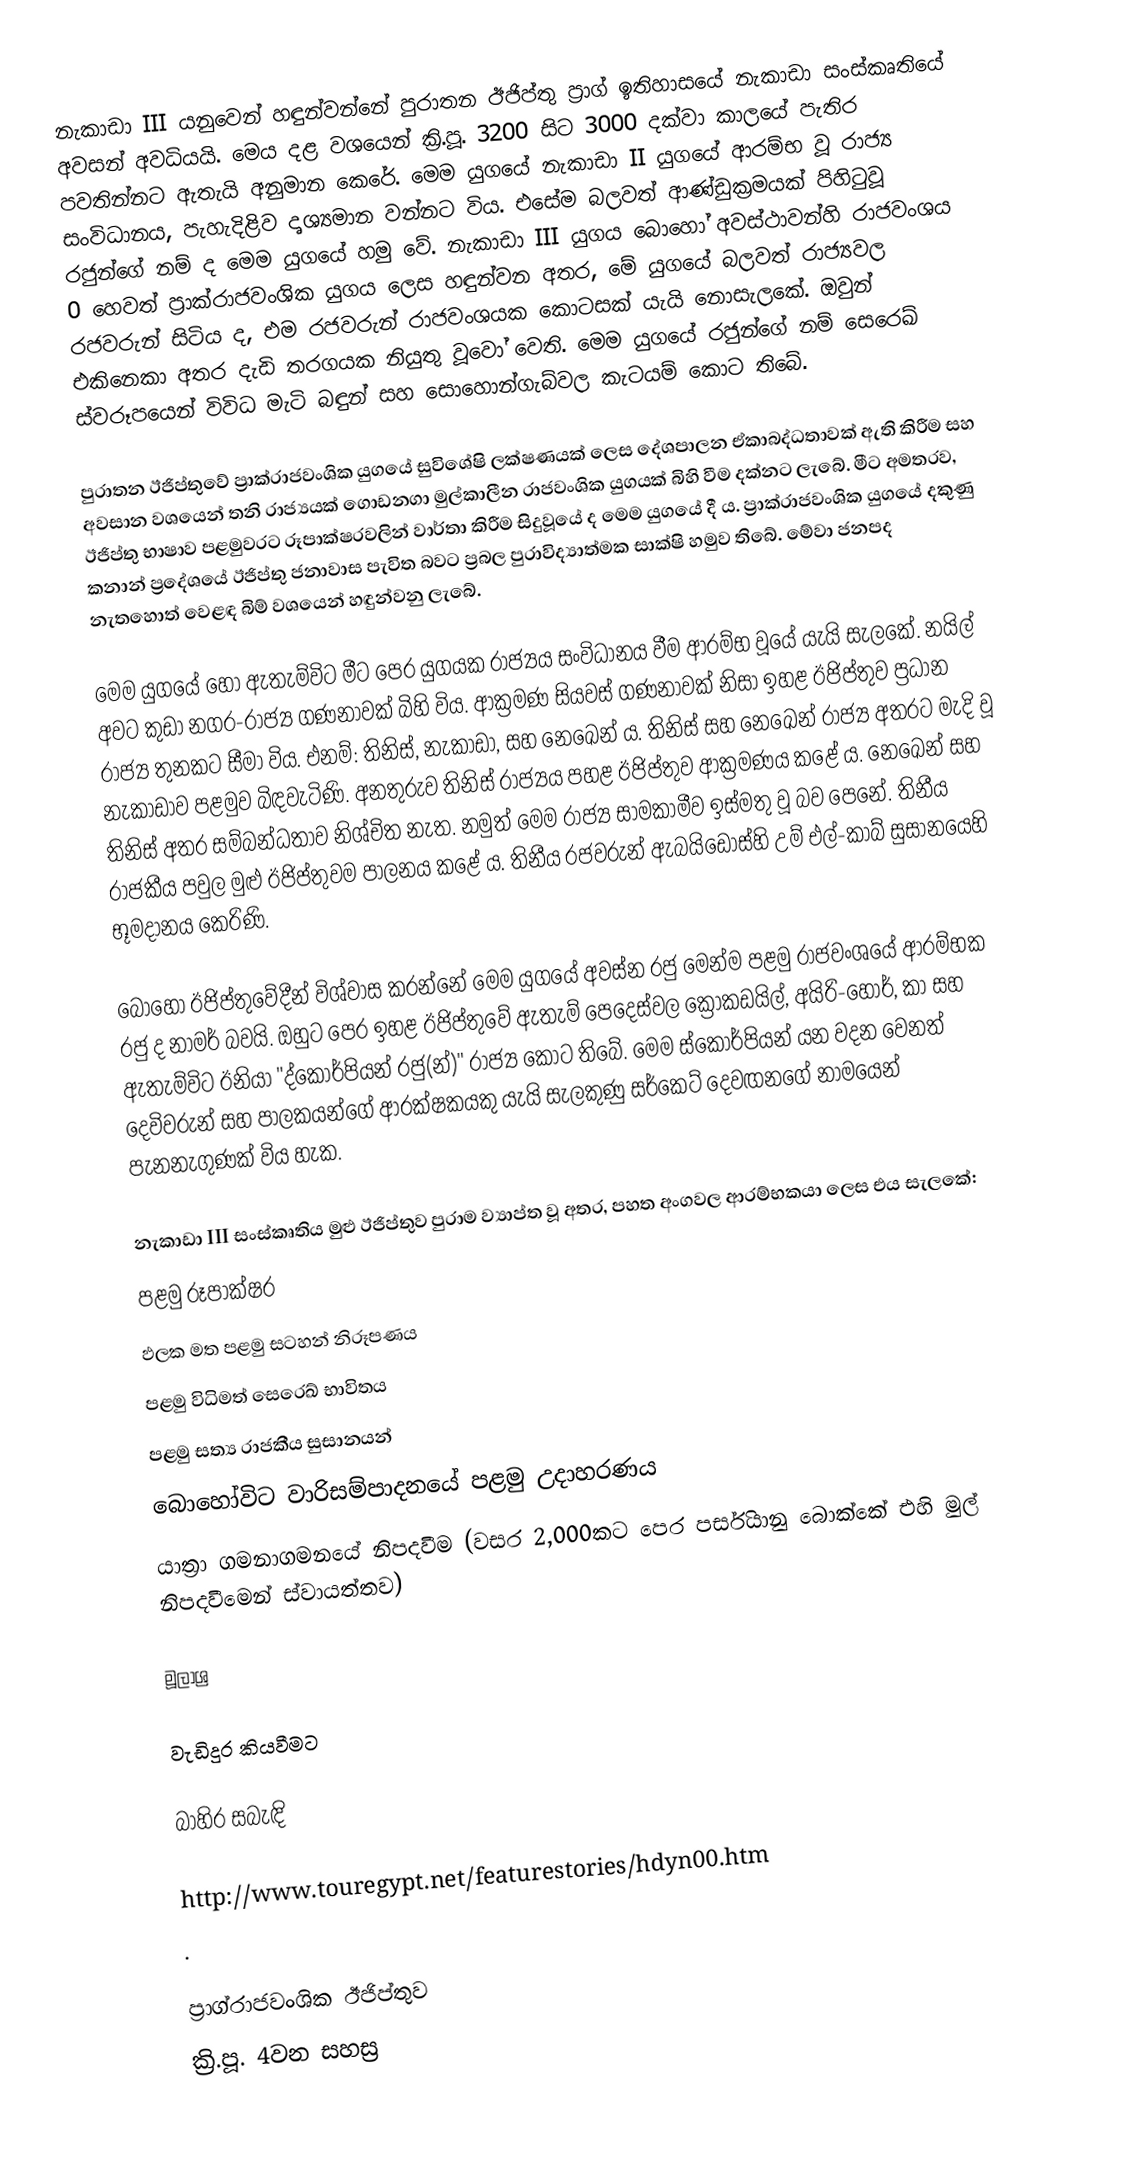
නැකාඩා III යනුවෙන් හඳුන්වන්නේ පුරාතන ඊජිප්තු ප්‍රාග් ඉතිහාසයේ නැකාඩා සංස්කෘතියේ අවසන් අවධියයි. මෙය දළ වශයෙන් ක්‍රි.පූ. 3200 සිට 3000 දක්වා කාලයේ පැතිර පවතින්නට ඇතැයි අනුමාන කෙරේ. මෙම යුගයේ නැකාඩා II යුගයේ ආරම්භ වූ රාජ්‍ය සංවිධානය, පැහැදිළිව දෘශ්‍යමාන වන්නට විය. එසේම බලවත් ආණ්ඩුක්‍රමයක් පිහිටුවූ රජුන්ගේ නම් ද මෙම යුගයේ හමු වේ. නැකාඩා III යුගය බොහෝ අවස්ථාවන්හි රාජවංශය 0 හෙවත් ප්‍රාක්රාජවංශික යුගය ලෙස හඳුන්වන අතර, මේ යුගයේ බලවත් රාජ්‍යවල රජවරුන් සිටිය ද, එම රජවරුන් රාජවංශයක කොටසක් යැයි නොසැලකේ. ඔවුන් එකිනෙකා අතර දැඩි තරගයක නියුතු වූවෝ වෙති. මෙම යුගයේ රජුන්ගේ නම් සෙරෙඛ් ස්වරූපයෙන් විවිධ මැටි බඳුන් සහ සොහොන්ගැබ්වල කැටයම් කොට තිබේ.

පුරාතන ඊජිප්තුවේ ප්‍රාක්රාජවංශික යුගයේ සුවිශේෂි ලක්ෂණයක් ලෙස දේශපාලන ඒකාබද්ධතාවක් ඇති කිරීම සහ අවසාන වශයෙන් තනි රාජ්‍යයක් ගොඩනගා මුල්කාලීන රාජවංශික යුගයක් බිහි වීම දක්නට ලැබේ. මීට අමතරව, ඊජිප්තු භාෂාව පළමුවරට රූපාක්ෂරවලින් වාර්තා කිරීම සිදුවූයේ ද මෙම යුගයේ දී ය. ප්‍රාක්රාජවංශික යුගයේ දකුණු කනාන් ප්‍රදේශයේ ඊජිප්තු ජනාවාස පැවිත බවට ප්‍රබල පුරාවිද්‍යාත්මක සාක්ෂි හමුව තිබේ. මේවා ජනපද නැතහොත් වෙළඳ බිම් වශයෙන් හඳුන්වනු ලැබේ.

මෙම යුගයේ හෝ ඇතැම්විට මීට පෙර යුගයක රාජ්‍යය සංවිධානය වීම ආරම්භ වූයේ යැයි සැලකේ. නයිල් අවට කුඩා නගර-රාජ්‍ය ගණනාවක් බිහි විය. ආක්‍රමණ සියවස් ගණනාවක් නිසා ඉහළ ඊජිප්තුව ප්‍රධාන රාජ්‍ය තුනකට සීමා විය. එනම්: තිනිස්, නැකාඩා, සහ නෙඛෙන් ය. තිනිස් සහ නෙඛෙන් රාජ්‍ය අතරට මැදි වූ නැකාඩාව පළමුව බිඳවැටිණි. අනතුරුව තිනිස් රාජ්‍යය පහළ ඊජිප්තුව ආක්‍රමණය කළේ ය. නෙඛෙන් සහ තිනිස් අතර සම්බන්ධතාව නිශ්චිත නැත. නමුත් මෙම රාජ්‍ය සාමකාමීව ඉස්මතු වූ බව පෙනේ. තිනීය රාජකීය පවුල මුළු ඊජිප්තුවම පාලනය කළේ ය. තිනීය රජවරුන් ඇබයිඩොස්හි උම් එල්-කාබ් සුසානයෙහි භූමදානය කෙරිණි.

බොහෝ ඊජිප්තුවේදීන් විශ්වාස කරන්නේ මෙම යුගයේ අවස්න රජු මෙන්ම පළමු රාජවංශයේ ආරම්භක රජු ද නාමර් බවයි. ඔහුට පෙර ඉහළ ඊජිප්තුවේ ඇතැම් පෙදෙස්වල ක්‍රොකඩයිල්, අයිරි-හොර්, කා සහ ඇතැම්විට ඊනියා "ද්කෝර්පියන් රජු(න්)" රාජ්‍ය කොට තිබේ. මෙම ස්කෝර්පියන් යන වදන වෙනත් දෙවිවරුන් සහ පාලකයන්ගේ ආරක්ෂකයකු යැයි සැලකුණු සර්කෙට් දෙවඟනගේ නාමයෙන් පැනනැගුණක් විය හැක.

නැකාඩා III සංස්කෘතිය මුළු ඊජිප්තුව පුරාම ව්‍යාප්ත වූ අතර, පහත අංගවල ආරම්භකයා ලෙස එය සැලකේ:
පළමු රූපාක්ෂර
ඵලක මත පළමු සටහන් නිරූපණය
පළමු විධිමත් සෙරෙඛ් භාවිතය
පළමු සත්‍ය රාජකීය සුසානයන්
බොහෝවිට වාරිසම්පාදනයේ පළමු උදාහරණය
යාත්‍රා ගමනාගමනයේ නිපදවීම (වසර 2,000කට පෙර පර්සියානු බොක්කේ එහි මුල් නිපදවීමෙන් ස්වායත්තව)

මූලාශ්‍ර

වැඩිදුර කියවීමට

බාහිර සබැඳි

 http://www.touregypt.net/featurestories/hdyn00.htm
 .

ප්‍රාග්රාජවංශික ඊජිප්තුව
ක්‍රි.පූ. 4වන සහස්‍ර